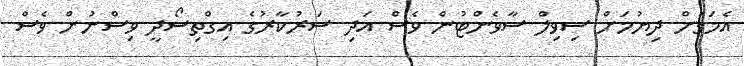
އެމަގަށް ދިޔުމަށް ސިވިލް ސާވެންޓުން ވެސް އަދި ސަރުކާރުގެ އިގްތިސޯދީ ވިސްނުން ވެސް